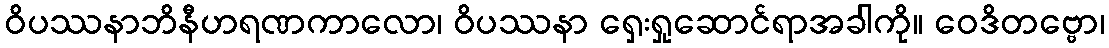
ဝိပဿနာဘိနီဟရဏကာလော၊ ဝိပဿနာ ရှေးရှုဆောင်ရာအခါကို။ ဝေဒိတဗ္ဗော၊